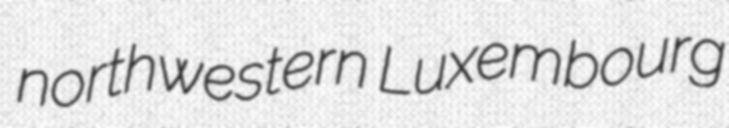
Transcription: northwestern Luxembourg